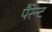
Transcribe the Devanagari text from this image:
पैरेन्ट